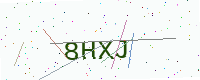
Text: 8HXJ